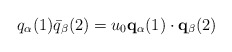
\begin{align*}q_{\alpha}(1) \bar{q}_{\beta}(2) = u_{0} {\bf q}_{\alpha}(1) \cdot{\bf q}_{\beta}(2)\end{align*}